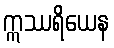
ဣဿရိယေန